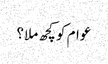
عوام کو کچھ ملا؟